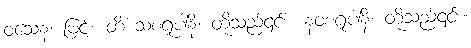
ဝသေန၊ ဖြင့်။ တိံ သစရူပါနိ၊ တို့သည်၎င်း။ နဝစရူပါနိ၊ တို့သည်၎င်း။